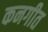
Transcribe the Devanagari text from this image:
कनगीत